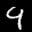
Label: 9